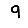
Digit: 9